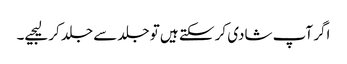
اگر آپ شادی کر سکتے ہیں تو جلد سے جلد کر لیجیے۔